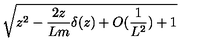
\sqrt { z ^ { 2 } - \frac { 2 z } { L m } \delta ( z ) + O ( \frac { 1 } { L ^ { 2 } } ) + 1 }